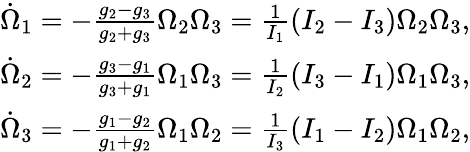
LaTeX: \begin{array}{r}{\dot{\Omega}_{1}=-\frac{g_{2}-g_{3}}{g_{2}+g_{3}}\Omega_{2}\Omega_{3}=\frac{1}{I_{1}}(I_{2}-I_{3})\Omega_{2}\Omega_{3},}\\ {\dot{\Omega}_{2}=-\frac{g_{3}-g_{1}}{g_{3}+g_{1}}\Omega_{1}\Omega_{3}=\frac{1}{I_{2}}(I_{3}-I_{1})\Omega_{1}\Omega_{3},}\\ {\dot{\Omega}_{3}=-\frac{g_{1}-g_{2}}{g_{1}+g_{2}}\Omega_{1}\Omega_{2}=\frac{1}{I_{3}}(I_{1}-I_{2})\Omega_{1}\Omega_{2},}\end{array}